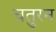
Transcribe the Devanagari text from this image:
चतुरन